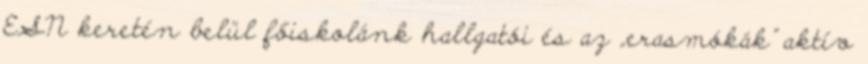
ESN keretén belül főiskolánk hallgatói és az „erasmókák” aktív